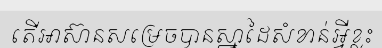
តើអាស៊ានសម្រេចបានស្នាដៃសំខាន់អ្វីខ្លះ